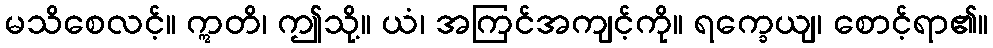
မသိစေလင့်။ ဣတိ၊ ဤသို့။ ယံ၊ အကြင်အကျင့်ကို။ ရက္ခေယျ၊ စောင့်ရာ၏။